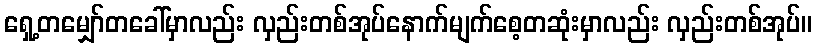
ရှေ့တမျှော်တခေါ်မှာလည်း လှည်းတစ်အုပ်နောက်မျက်စေ့တဆုံးမှာလည်း လှည်းတစ်အုပ်။